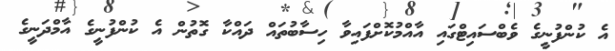
އެ ކުންފުނީގެ ވެބްސައިޓްގައި އާއްމުކޮށްފައިވާ ހިސާބުތައް ދައްކާ ގޮތުން އެ ކުންފުނީގެ އާމްދަނީގެ